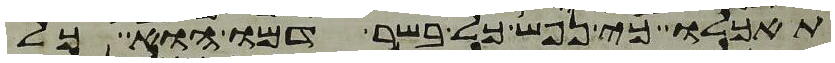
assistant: תאכלו כי נפש כל בשר דמו הוא כל